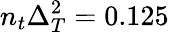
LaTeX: n_{t}\Delta_{T}^{2}=0.125